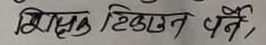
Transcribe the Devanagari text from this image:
मिस लिख्न पर्ने,